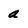
Character: a